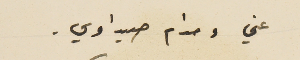
عني ومدام صيداوي.